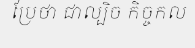
ប្រែថា ជាល្បិច កិច្ចកល